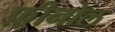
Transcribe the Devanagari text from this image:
फ़्रीनोल